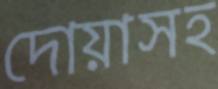
দোয়াসহ